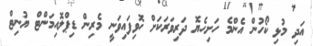
އަދި މުޅި ކޯހުން އެންމެ ހަށިހެޔޮ ދަރިވަރަކަށް ހޮވިފައިވަނީ މެރިން ޑިޕްލޮއިމަންޓް ޔުނިޓް